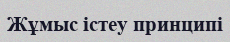
Жұмыс істеу принципі